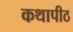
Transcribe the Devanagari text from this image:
कथापीठ